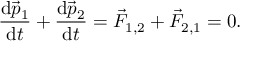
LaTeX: { \frac { \mathrm { d } { \vec { p } } _ { 1 } } { \mathrm { d } t } } + { \frac { \mathrm { d } { \vec { p } } _ { 2 } } { \mathrm { d } t } } = { \vec { F } } _ { 1 , 2 } + { \vec { F } } _ { 2 , 1 } = 0 .